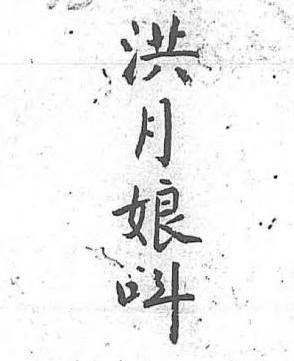
洪月娘呌